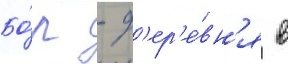
Бо́р - д'ер'е́вн'я в